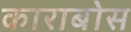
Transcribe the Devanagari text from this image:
काराबोस